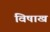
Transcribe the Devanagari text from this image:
विषाख